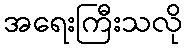
အရေးကြီးသလို